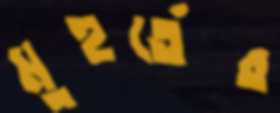
মুহুর্তের